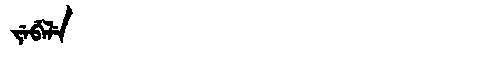
Manchu: ᠵᡝᠪᡝᠯᡝ
Romanization: JEBELE